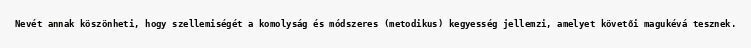
Nevét annak köszönheti, hogy szellemiségét a komolyság és módszeres (metodikus) kegyesség jellemzi, amelyet követői magukévá tesznek.